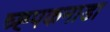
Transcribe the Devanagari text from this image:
च्ह्पकनाडा